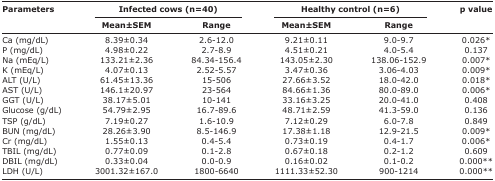
<table><thead><tr><td rowspan="3"><b>Parameters</b></td><td colspan="2"><b>Infected cows (n=40)</b></td><td colspan="2"><b>Healthy control (n=6)</b></td><td rowspan="3"><b>p value</b></td></tr><tr><td><b>Mean±SEM</b></td><td><b>Range</b></td><td><b>Mean±SEM</b></td><td><b>Range</b></td></tr></thead><tbody><tr><td>Ca (mg/dL)</td><td>8.39±0.34</td><td>2.6-12.0</td><td>9.21±0.11</td><td>9.0-9.7</td><td>0.026*</td></tr><tr><td>P (mg/dL)</td><td>4.98±0.22</td><td>2.7-8.9</td><td>4.51±0.21</td><td>4.0-5.4</td><td>0.137</td></tr><tr><td>Na (mEq/L)</td><td>133.21±2.36</td><td>84.34-156.4</td><td>143.05±2.30</td><td>138.06-152.9</td><td>0.007*</td></tr><tr><td>K (mEq/L)</td><td>4.07±0.13</td><td>2.52-5.57</td><td>3.47±0.36</td><td>3.06-4.03</td><td>0.009*</td></tr><tr><td>ALT (U/L)</td><td>61.45±13.36</td><td>15-506</td><td>27.66±3.52</td><td>18.0-42.0</td><td>0.018*</td></tr><tr><td>AST (U/L)</td><td>146.1±20.97</td><td>23-564</td><td>84.66±1.36</td><td>80.0-89.0</td><td>0.006*</td></tr><tr><td>GGT (U/L)</td><td>38.17±5.01</td><td>10-141</td><td>33.16±3.25</td><td>20.0-41.0</td><td>0.408</td></tr><tr><td>Glucose (g/dL)</td><td>54.79±2.95</td><td>16.7-89.6</td><td>48.71±2.59</td><td>41.3-59.0</td><td>0.136</td></tr><tr><td>TSP (g/dL)</td><td>7.19±0.27</td><td>1.6-10.9</td><td>7.12±0.29</td><td>6.0-7.8</td><td>0.849</td></tr><tr><td>BUN (mg/dL)</td><td>28.26±3.90</td><td>8.5-146.9</td><td>17.38±1.18</td><td>12.9-21.5</td><td>0.009*</td></tr><tr><td>Cr (mg/dL)</td><td>1.55±0.13</td><td>0.4-5.4</td><td>0.73±0.19</td><td>0.4-1.7</td><td>0.006*</td></tr><tr><td>TBIL (mg/dL)</td><td>0.77±0.09</td><td>0.1-2.8</td><td>0.67±0.18</td><td>0.2-1.2</td><td>0.609</td></tr><tr><td>DBIL (mg/dL)</td><td>0.33±0.04</td><td>0.0-0.9</td><td>0.16±0.02</td><td>0.1-0.2</td><td>0.000**</td></tr><tr><td>LDH (U/L)</td><td>3001.32±167.0</td><td>1800-6640</td><td>1111.33±52.30</td><td>900-1214</td><td>0.000**</td></tr></tbody></table>